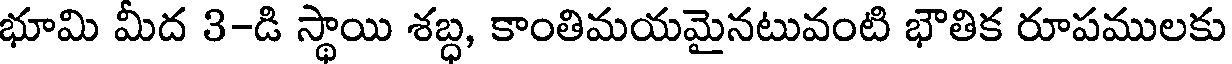
భూమి మీద 3-డి స్థాయి శబ్ధ, కాంతిమయమైనటువంటి భౌతిక రూపములకు